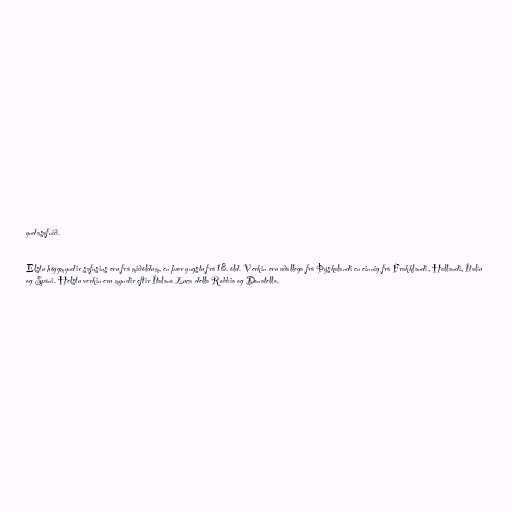
yndasafnið.

Elstu höggmyndir safnsins eru frá miðöldum, en þær yngstu frá 18. öld. Verkin eru aðallega frá Þýskalandi en einnig frá Frakklandi, Hollandi, Ítalíu
og Spáni. Helstu verkin eru myndir eftir Ítalana Luca della Robbia og Donatello.